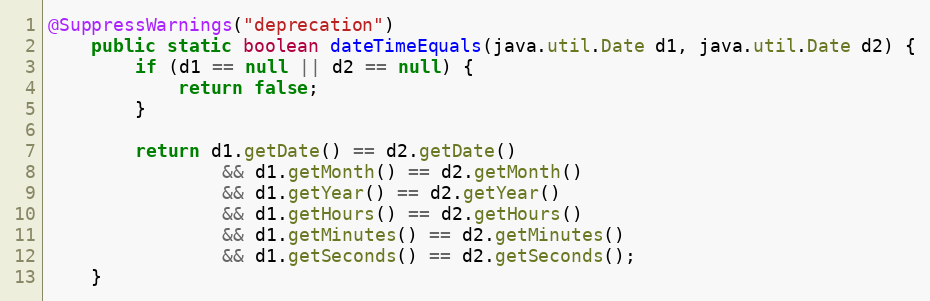
Language: Java
@SuppressWarnings("deprecation")
	public static boolean dateTimeEquals(java.util.Date d1, java.util.Date d2) {
        if (d1 == null || d2 == null) {
            return false;
        }

        return d1.getDate() == d2.getDate()
                && d1.getMonth() == d2.getMonth()
                && d1.getYear() == d2.getYear()
                && d1.getHours() == d2.getHours()
                && d1.getMinutes() == d2.getMinutes()
                && d1.getSeconds() == d2.getSeconds();
    }